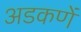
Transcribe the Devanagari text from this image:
अडकणें